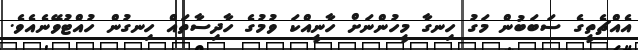
އެއްޗެތީގެ ސަބަބުން މަގު ހިނގާ މީހުންނަށް ހާނީއްކަ ވުމުގެ ހާދިސާތައް ހިނގުން ހުއްޓުވޭނެއެވެ.